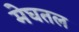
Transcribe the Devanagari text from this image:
मेघतल